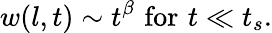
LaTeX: w(l,t)\sim t^{\beta}\mathrm{\, \, for\, \, }t\ll t_{s}.